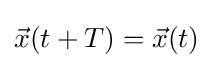
{\vec {x}}(t+T)={\vec {x}}(t)